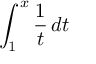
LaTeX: \int _ { 1 } ^ { x } { \frac { 1 } { t } } \, d t